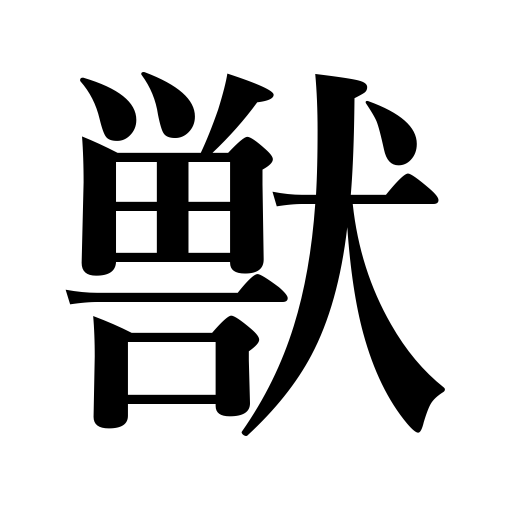
Meanings: animal,beast